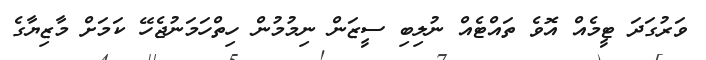
ވަރުގަދަ ޓީމެއް އޮވެ ތައްޓެއް ނުލިބި ސީޒަން ނިމުމުން ހިތްހަމަނުޖެހޭ ކަމަށް މާޒިޔާގެ